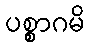
ပစ္စာဂမိ